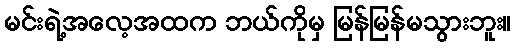
မင်းရဲ့အလေ့အထက ဘယ်ကိုမှ မြန်မြန်မသွားဘူး။